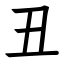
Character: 丑